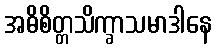
အဓိစိတ္တသိက္ခာသမာဒါနေ